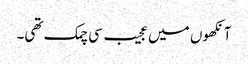
آنکھوں میں عجیب سی چمک تھی۔